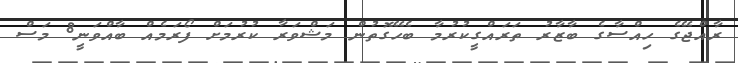
ރާއްޖޭގެ ހިއްސާގެ ބާޒާރު ތަރައްގީކުރުމާ ބެހޭގޮތުން މަޝްވަރާ ކުރުމަށް ފޯރަމެއް ބާއްވަނީ8 މަސް